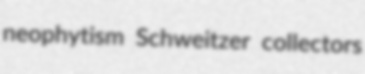
neophytism Schweitzer collectors